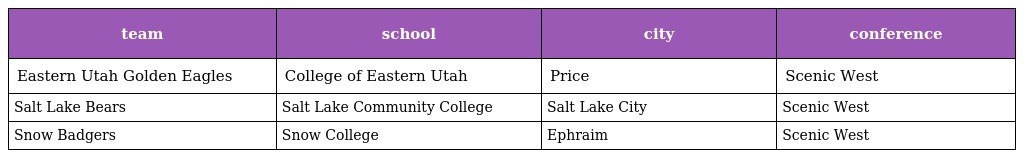
| team | school | city | conference |
 | --- | --- | --- | --- |
 | Eastern Utah Golden Eagles | College of Eastern Utah | Price | Scenic West |
 | Salt Lake Bears | Salt Lake Community College | Salt Lake City | Scenic West |
 | Snow Badgers | Snow College | Ephraim | Scenic West |